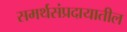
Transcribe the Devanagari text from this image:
समर्थसंप्रदायातील